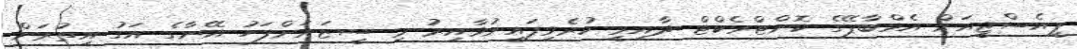
ޕީއެސްޖީއަށް އެމްބާޕޭގެ ކޮންޓްރެކްޓް ދާއިމީ ކުރެވިފައިނުވާއިރު މި ސީޒަނަށްފަހު އޭނާގެ އަގު އިތުރަށް